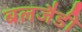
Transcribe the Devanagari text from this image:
बलजैडी